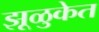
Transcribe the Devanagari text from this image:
झूळुकेत